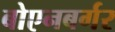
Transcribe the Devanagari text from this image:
बोएनबर्गर